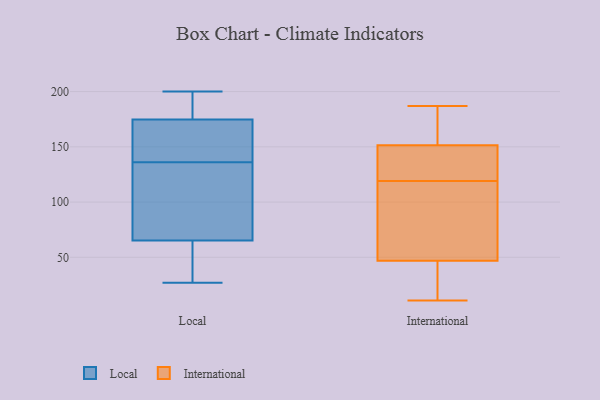
{"axis": {"x": "Net Income (USD K)", "y": "Value"}, "legend": ["International", "Local"], "data": [{"x": "", "y": 104, "type": "Local"}, {"x": "", "y": 143, "type": "Local"}, {"x": "", "y": 75, "type": "Local"}, {"x": "", "y": 125, "type": "Local"}, {"x": "", "y": 176, "type": "Local"}, {"x": "", "y": 89, "type": "Local"}, {"x": "", "y": 35, "type": "Local"}, {"x": "", "y": 58, "type": "Local"}, {"x": "", "y": 27, "type": "Local"}, {"x": "", "y": 141, "type": "Local"}, {"x": "", "y": 184, "type": "Local"}, {"x": "", "y": 62, "type": "Local"}, {"x": "", "y": 174, "type": "Local"}, {"x": "", "y": 136, "type": "Local"}, {"x": "", "y": 175, "type": "Local"}, {"x": "", "y": 188, "type": "Local"}, {"x": "", "y": 60, "type": "Local"}, {"x": "", "y": 200, "type": "Local"}, {"x": "", "y": 154, "type": "Local"}, {"x": "", "y": 69, "type": "International"}, {"x": "", "y": 184, "type": "International"}, {"x": "", "y": 123, "type": "International"}, {"x": "", "y": 183, "type": "International"}, {"x": "", "y": 11, "type": "International"}, {"x": "", "y": 151, "type": "International"}, {"x": "", "y": 59, "type": "International"}, {"x": "", "y": 50, "type": "International"}, {"x": "", "y": 127, "type": "International"}, {"x": "", "y": 124, "type": "International"}, {"x": "", "y": 28, "type": "International"}, {"x": "", "y": 187, "type": "International"}, {"x": "", "y": 44, "type": "International"}, {"x": "", "y": 181, "type": "International"}, {"x": "", "y": 12, "type": "International"}, {"x": "", "y": 115, "type": "International"}, {"x": "", "y": 107, "type": "International"}, {"x": "", "y": 152, "type": "International"}, {"x": "", "y": 126, "type": "International"}, {"x": "", "y": 36, "type": "International"}]}